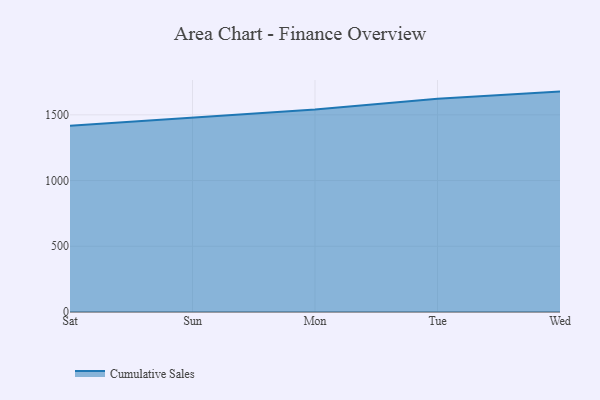
{"axis": {"x": "Day", "y": "Conversion Rate (%)"}, "legend": ["Cumulative Sales"], "data": [{"x": "Sat", "y": 1416.6, "type": "Cumulative Sales"}, {"x": "Sun", "y": 1476.0, "type": "Cumulative Sales"}, {"x": "Mon", "y": 1540.2, "type": "Cumulative Sales"}, {"x": "Tue", "y": 1623.3, "type": "Cumulative Sales"}, {"x": "Wed", "y": 1676.8, "type": "Cumulative Sales"}]}